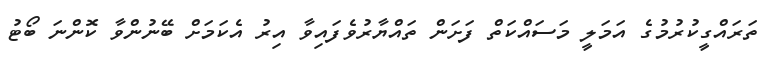
ތަރައްގީކުރުމުގެ އަމަލީ މަސައްކަތް ފަށަން ތައްޔާރުވެފައިވާ އިރު އެކަމަށް ބޭނުންވާ ކޮންނަ ބޯޓު